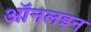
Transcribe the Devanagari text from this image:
ऑनलइन